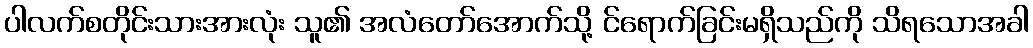
ပါလက်စတိုင်းသားအားလုံး သူ၏ အလံတော်အောက်သို့ င်ရောက်ခြင်းမရှိသည်ကို သိရသောအခါ